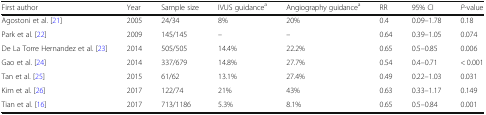
<table><thead><tr><td><b>First author</b></td><td><b>Year</b></td><td><b>Sample size</b></td><td><b>IVUS guidance<sup>a</sup></b></td><td><b>Angiography guidance<sup>a</sup></b></td><td><b>RR</b></td><td><b>95% CI</b></td><td><b><i>P</i>-value</b></td></tr></thead><tbody><tr><td>Agostoni et al. [21]</td><td>2005</td><td>24/34</td><td>8%</td><td>20%</td><td>0.4</td><td>0.09–1.78</td><td>0.18</td></tr><tr><td>Park et al. [22]</td><td>2009</td><td>145/145</td><td>–</td><td>–</td><td>0.64</td><td>0.39–1.05</td><td>0.074</td></tr><tr><td>De La Torre Hernandez et al. [23]</td><td>2014</td><td>505/505</td><td>14.4%</td><td>22.2%</td><td>0.65</td><td>0.5–0.85</td><td>0.006</td></tr><tr><td>Gao et al. [24]</td><td>2014</td><td>337/679</td><td>14.8%</td><td>27.7%</td><td>0.54</td><td>0.4–0.71</td><td>&lt; 0.001</td></tr><tr><td>Tan et al. [25]</td><td>2015</td><td>61/62</td><td>13.1%</td><td>27.4%</td><td>0.49</td><td>0.22–1.03</td><td>0.031</td></tr><tr><td>Kim et al. [26]</td><td>2017</td><td>122/74</td><td>21%</td><td>43%</td><td>0.63</td><td>0.33–1.17</td><td>0.149</td></tr><tr><td>Tian et al. [16]</td><td>2017</td><td>713/1186</td><td>5.3%</td><td>8.1%</td><td>0.65</td><td>0.5–0.84</td><td>0.001</td></tr></tbody></table>